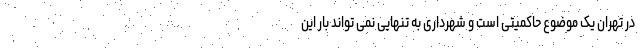
در تهران یک موضوع حاکمیتی است و شهرداری به تنهایی نمی تواند بار این